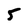
Character: 5